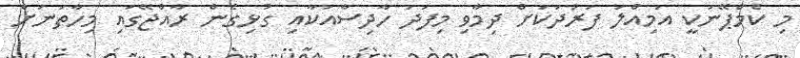
މި ކެމްޕޭނަކީ އަމިއްލަ ފަރުދަކަށް ދިމާވި މިފަދަ ހާދިސާއަކާއި ގުޅިގެން ރާއްޖޭގައި މިހާތަނަށް